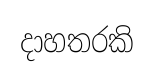
දාහතරකි